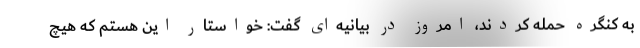
به کنگره حمله کردند، امروز در بیانیه‌ای گفت: خواستار این هستم که هیچ